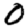
Digit: 0